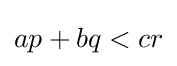
ap+bq<cr